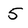
Character: 5